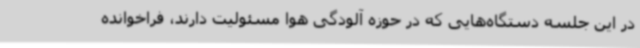
در این جلسه دستگاه‌هایی که در حوزه آلودگی هوا مسئولیت دارند، فراخوانده